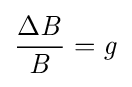
{\frac {\Delta {\mathit {B}}}{\mathit {B}}}={\mathit {g}}